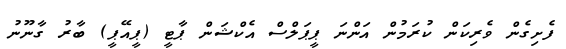
ފެށިގެން ވެރިކަން ކުރަމުން އަންނަ ޕީޕަލްސް އެކްޝަން ޕާޓީ (ޕީއޭޕީ) ބާރު ގާނޫނު